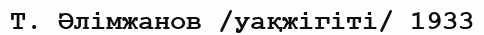
Т. Әлімжанов /уақжігіті/ 1933